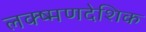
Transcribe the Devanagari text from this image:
लक्ष्मणदेशिक